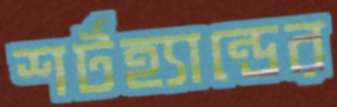
শর্টহ্যান্ডের